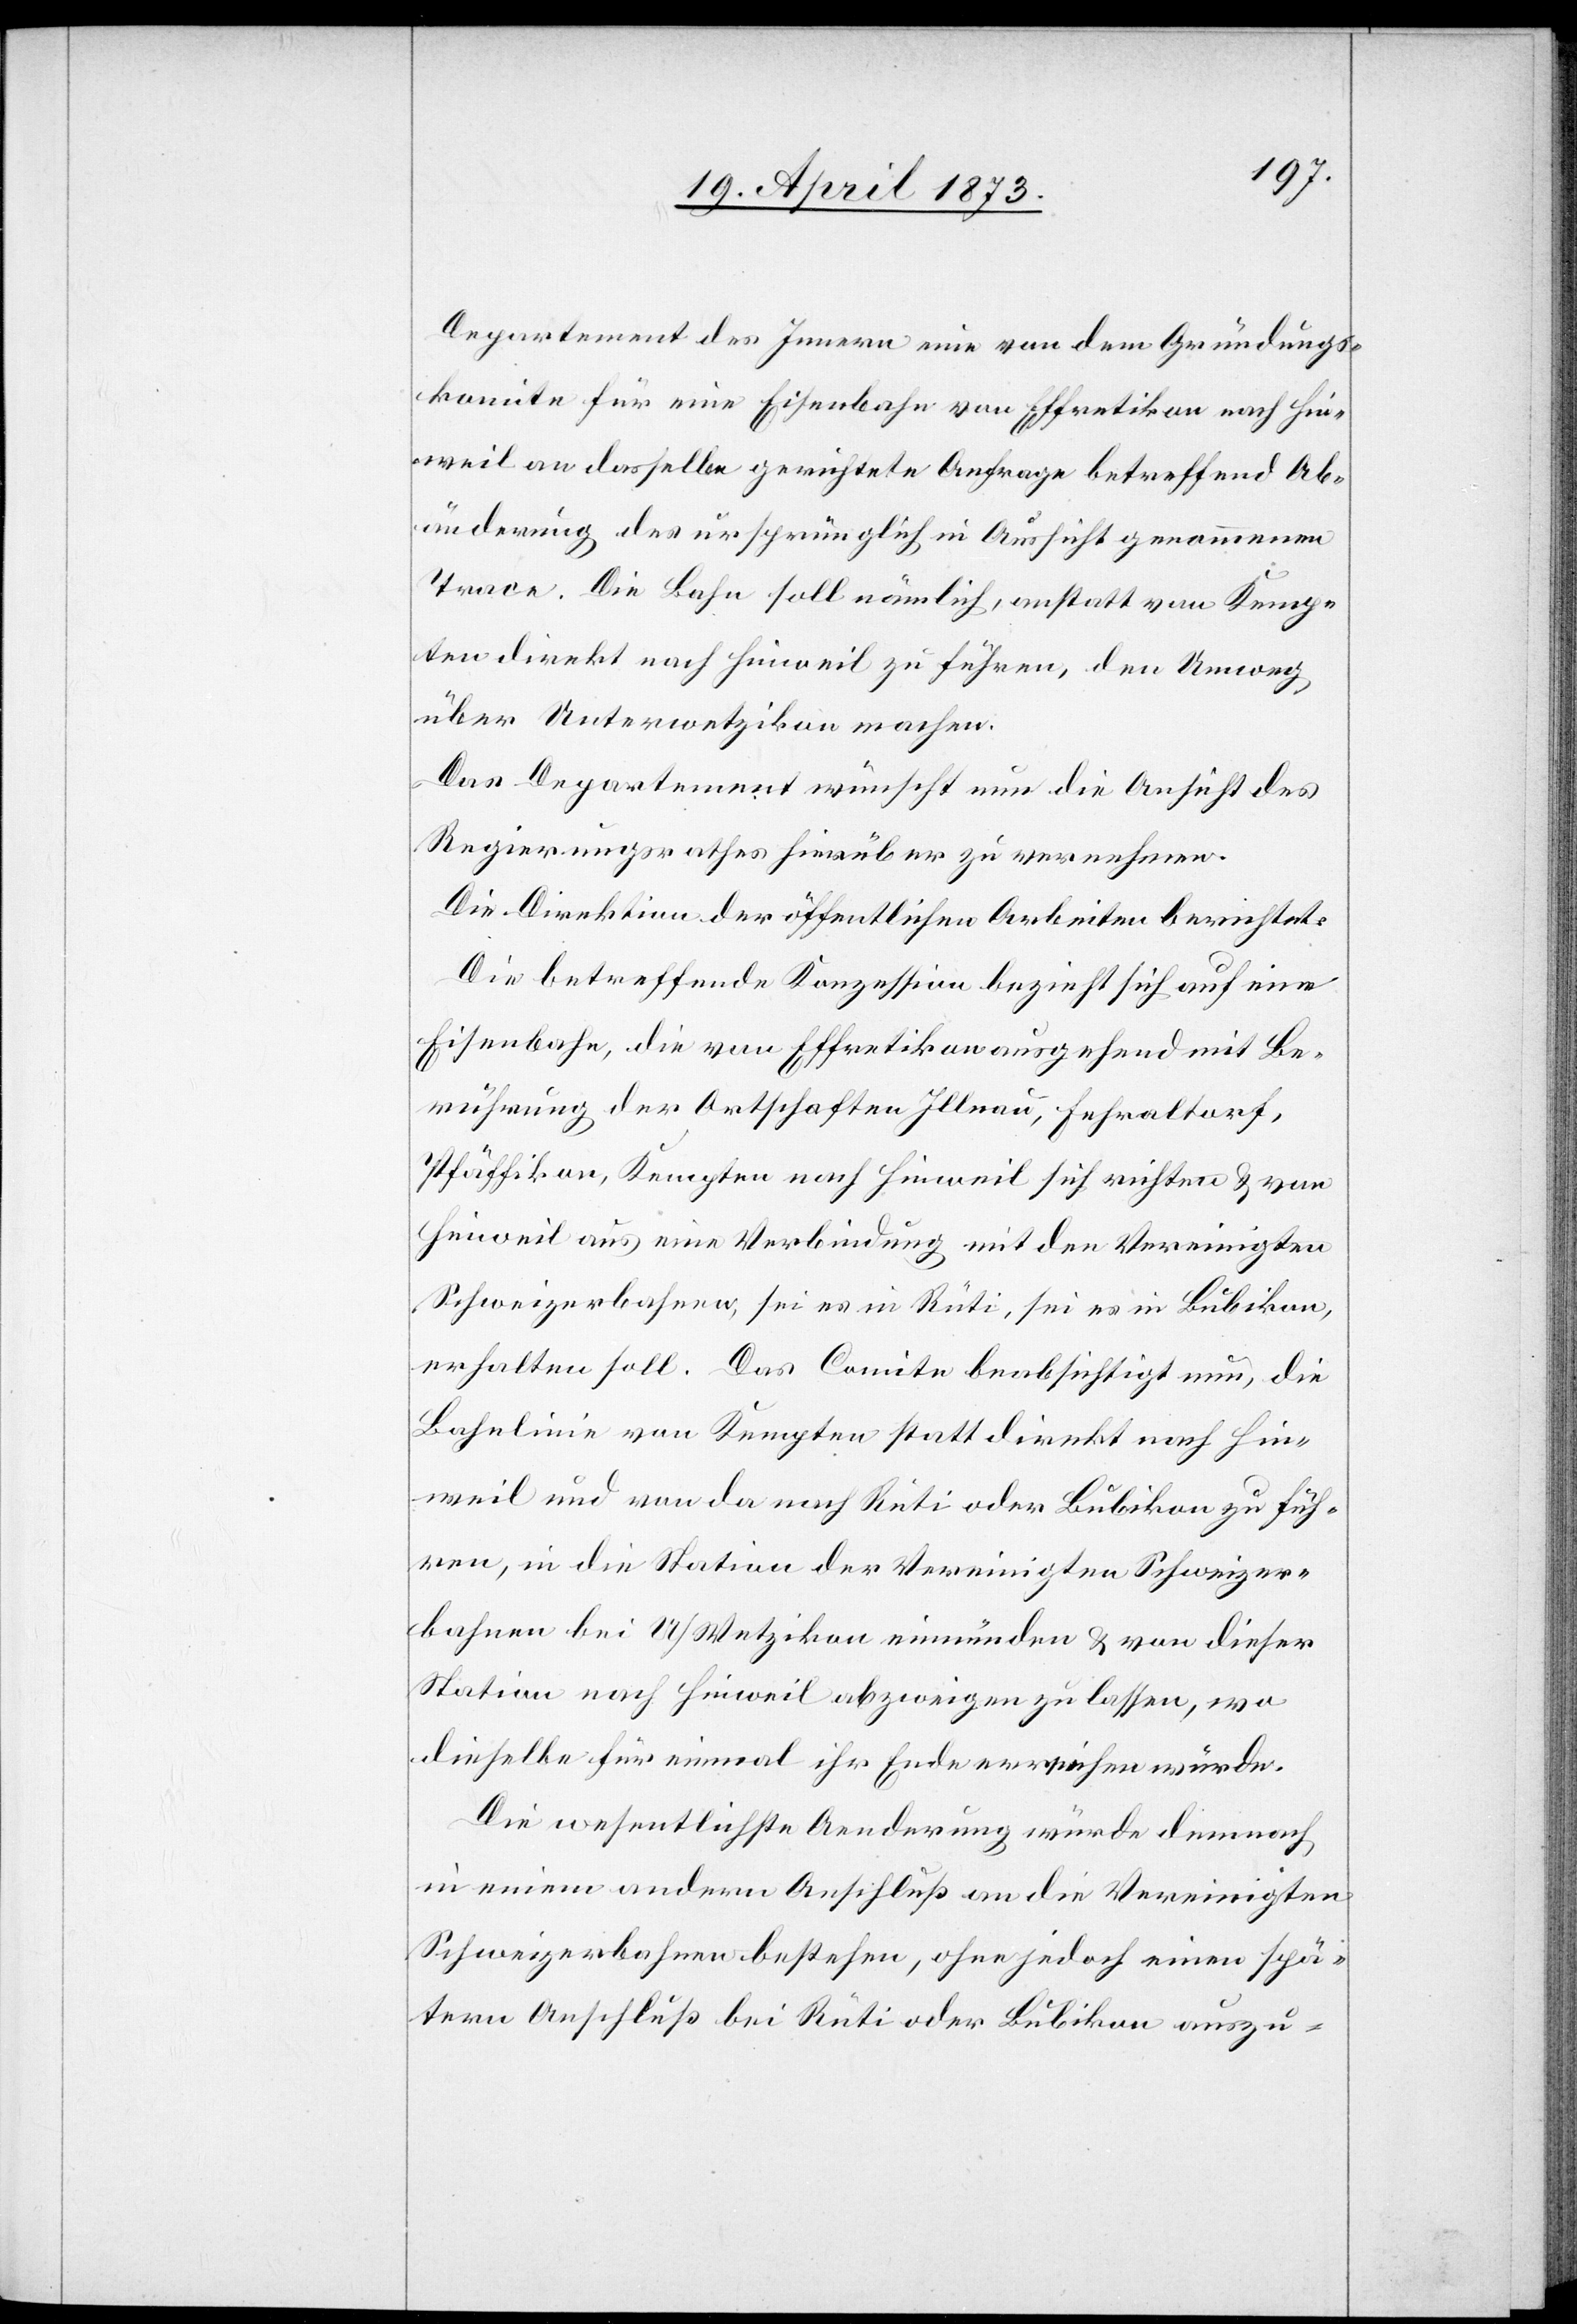
Departement des Innern eine von dem Gründungs¬
komite für eine Eisenbahn von Effretikon nach Hin¬
weil an dasselbe gerichtete Anfrage betreffend Ab¬
änderung des ursprünglich in Aussicht genommenen
Trace. Die Bahn soll nämlich, anstatt von Kemp¬
ten direkt nach Hinweil zu führen, den Umweg
über Unterwetzikon machen.
Das Departement wünscht nun die Ansicht des
Regierungsrathes hierüber zu vernehmen.
Die Direktion der öffentlichen Arbeiten berichtet:
Die betreffende Konzession bezieht sich auf eine
Eisenbahn, die von Effretikon ausgehend mit Be¬
rührung der Ortschaften Illnau, Fehraltorf,
Pfäffikon, Kempten nach Hinweil sich richten & von
Hinweil aus eine Verbindung mit den Vereinigten
Schweizerbahnen, sei es in Rüti, sei es in Bubikon,
erhalten soll. Das Comite beabsichtigt nun, die
Bahnlinie von Kempten statt direkt nach Hin¬
weil und von da nach Rüti oder Bubikon zu füh¬
ren, in die Station der Vereinigten Schweizer¬
bahnen bei U/Wetzikon einmünden & von dieser
Station nach Hinweil abzweigen zu lassen, wo
dieselbe für einmal ihr Ende erreichen würde.
Die wesentlichste Aenderung würde demnach
in einem andern Anschluß an die Vereinigten
Schweizerbahnen bestehen, ohne jedoch einen spä¬
tern Anschluß bei Rüti oder Bubikon auszu-